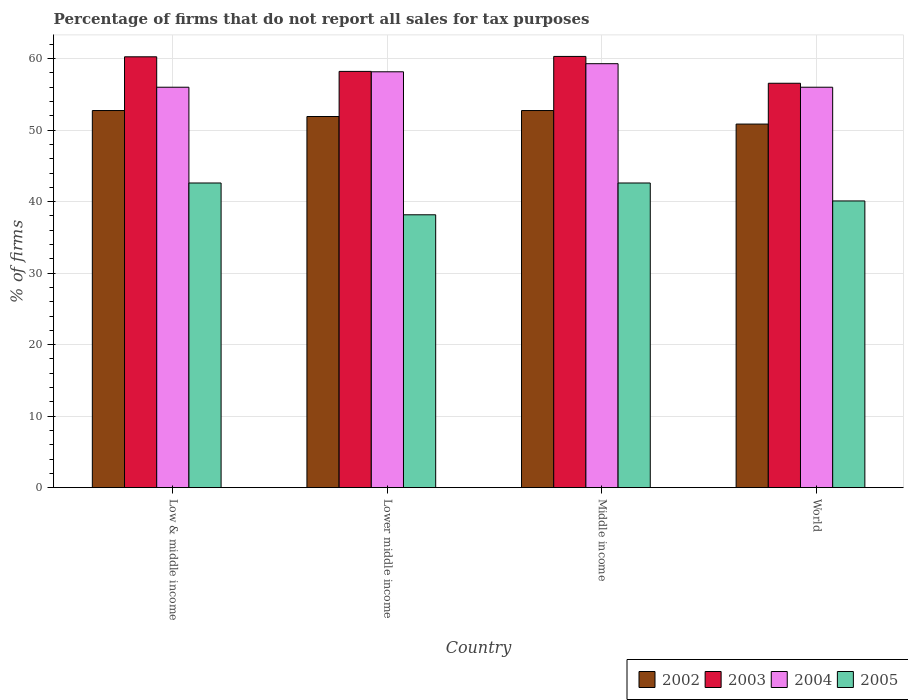
| Country | 2002 | 2003 | 2004 | 2005 |
 | --- | --- | --- | --- | --- |
 | Low & middle income | 52.7 | 60.3 | 56 | 42.6 |
 | Lower middle income | 51.9 | 58.2 | 58.2 | 38.2 |
 | Middle income | 52.7 | 60.3 | 59.3 | 42.6 |
 | World | 50.9 | 56.6 | 56 | 40.1 |